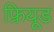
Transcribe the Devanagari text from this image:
फ्रियूड